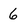
Character: 6